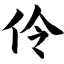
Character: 伶